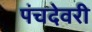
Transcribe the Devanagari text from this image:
पंचदेवरी